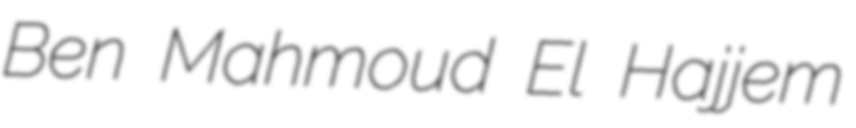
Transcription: Ben Mahmoud El Hajjem